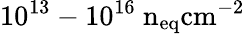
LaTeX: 10^{13}-10^{16}~\mathrm{{n}_{eq}\mathrm{{cm}^{-2}}}